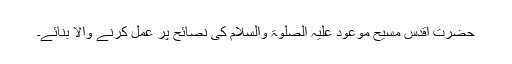
حضرت اقدس مسیح موعود علیہ الصلوٰۃ والسلام کی نصائح پر عمل کرنے والا بنائے۔